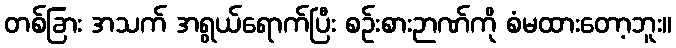
တစ်ခြား အသက် အရွယ်ရောက်ပြီး စဉ်းစားဉာဏ်ကို စံမထားတော့ဘူး။